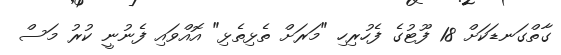
ގާތްގަނޑަކަށް 18 ފޫޓުގެ ފެހުރިހި "މަރަށް ތެޅިތެޅި" އޮއްވައި ފެނުނީ ކުރު މަސް